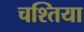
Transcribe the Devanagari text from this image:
चश्तिया